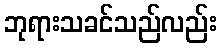
ဘုရားသခင်သည်လည်း